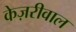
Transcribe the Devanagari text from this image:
केज़रीवाल